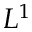
L ^ { 1 }